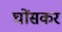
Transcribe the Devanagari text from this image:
घोंसकर